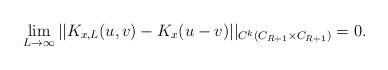
LaTeX: \begin{align*}\lim_{L \to \infty} ||K_{x,L}(u,v) - K_x(u-v)||_{C^k(C_{R+1} \times C_{R+1})} = 0.\end{align*}